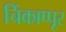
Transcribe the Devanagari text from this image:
चिंकाप्पूर